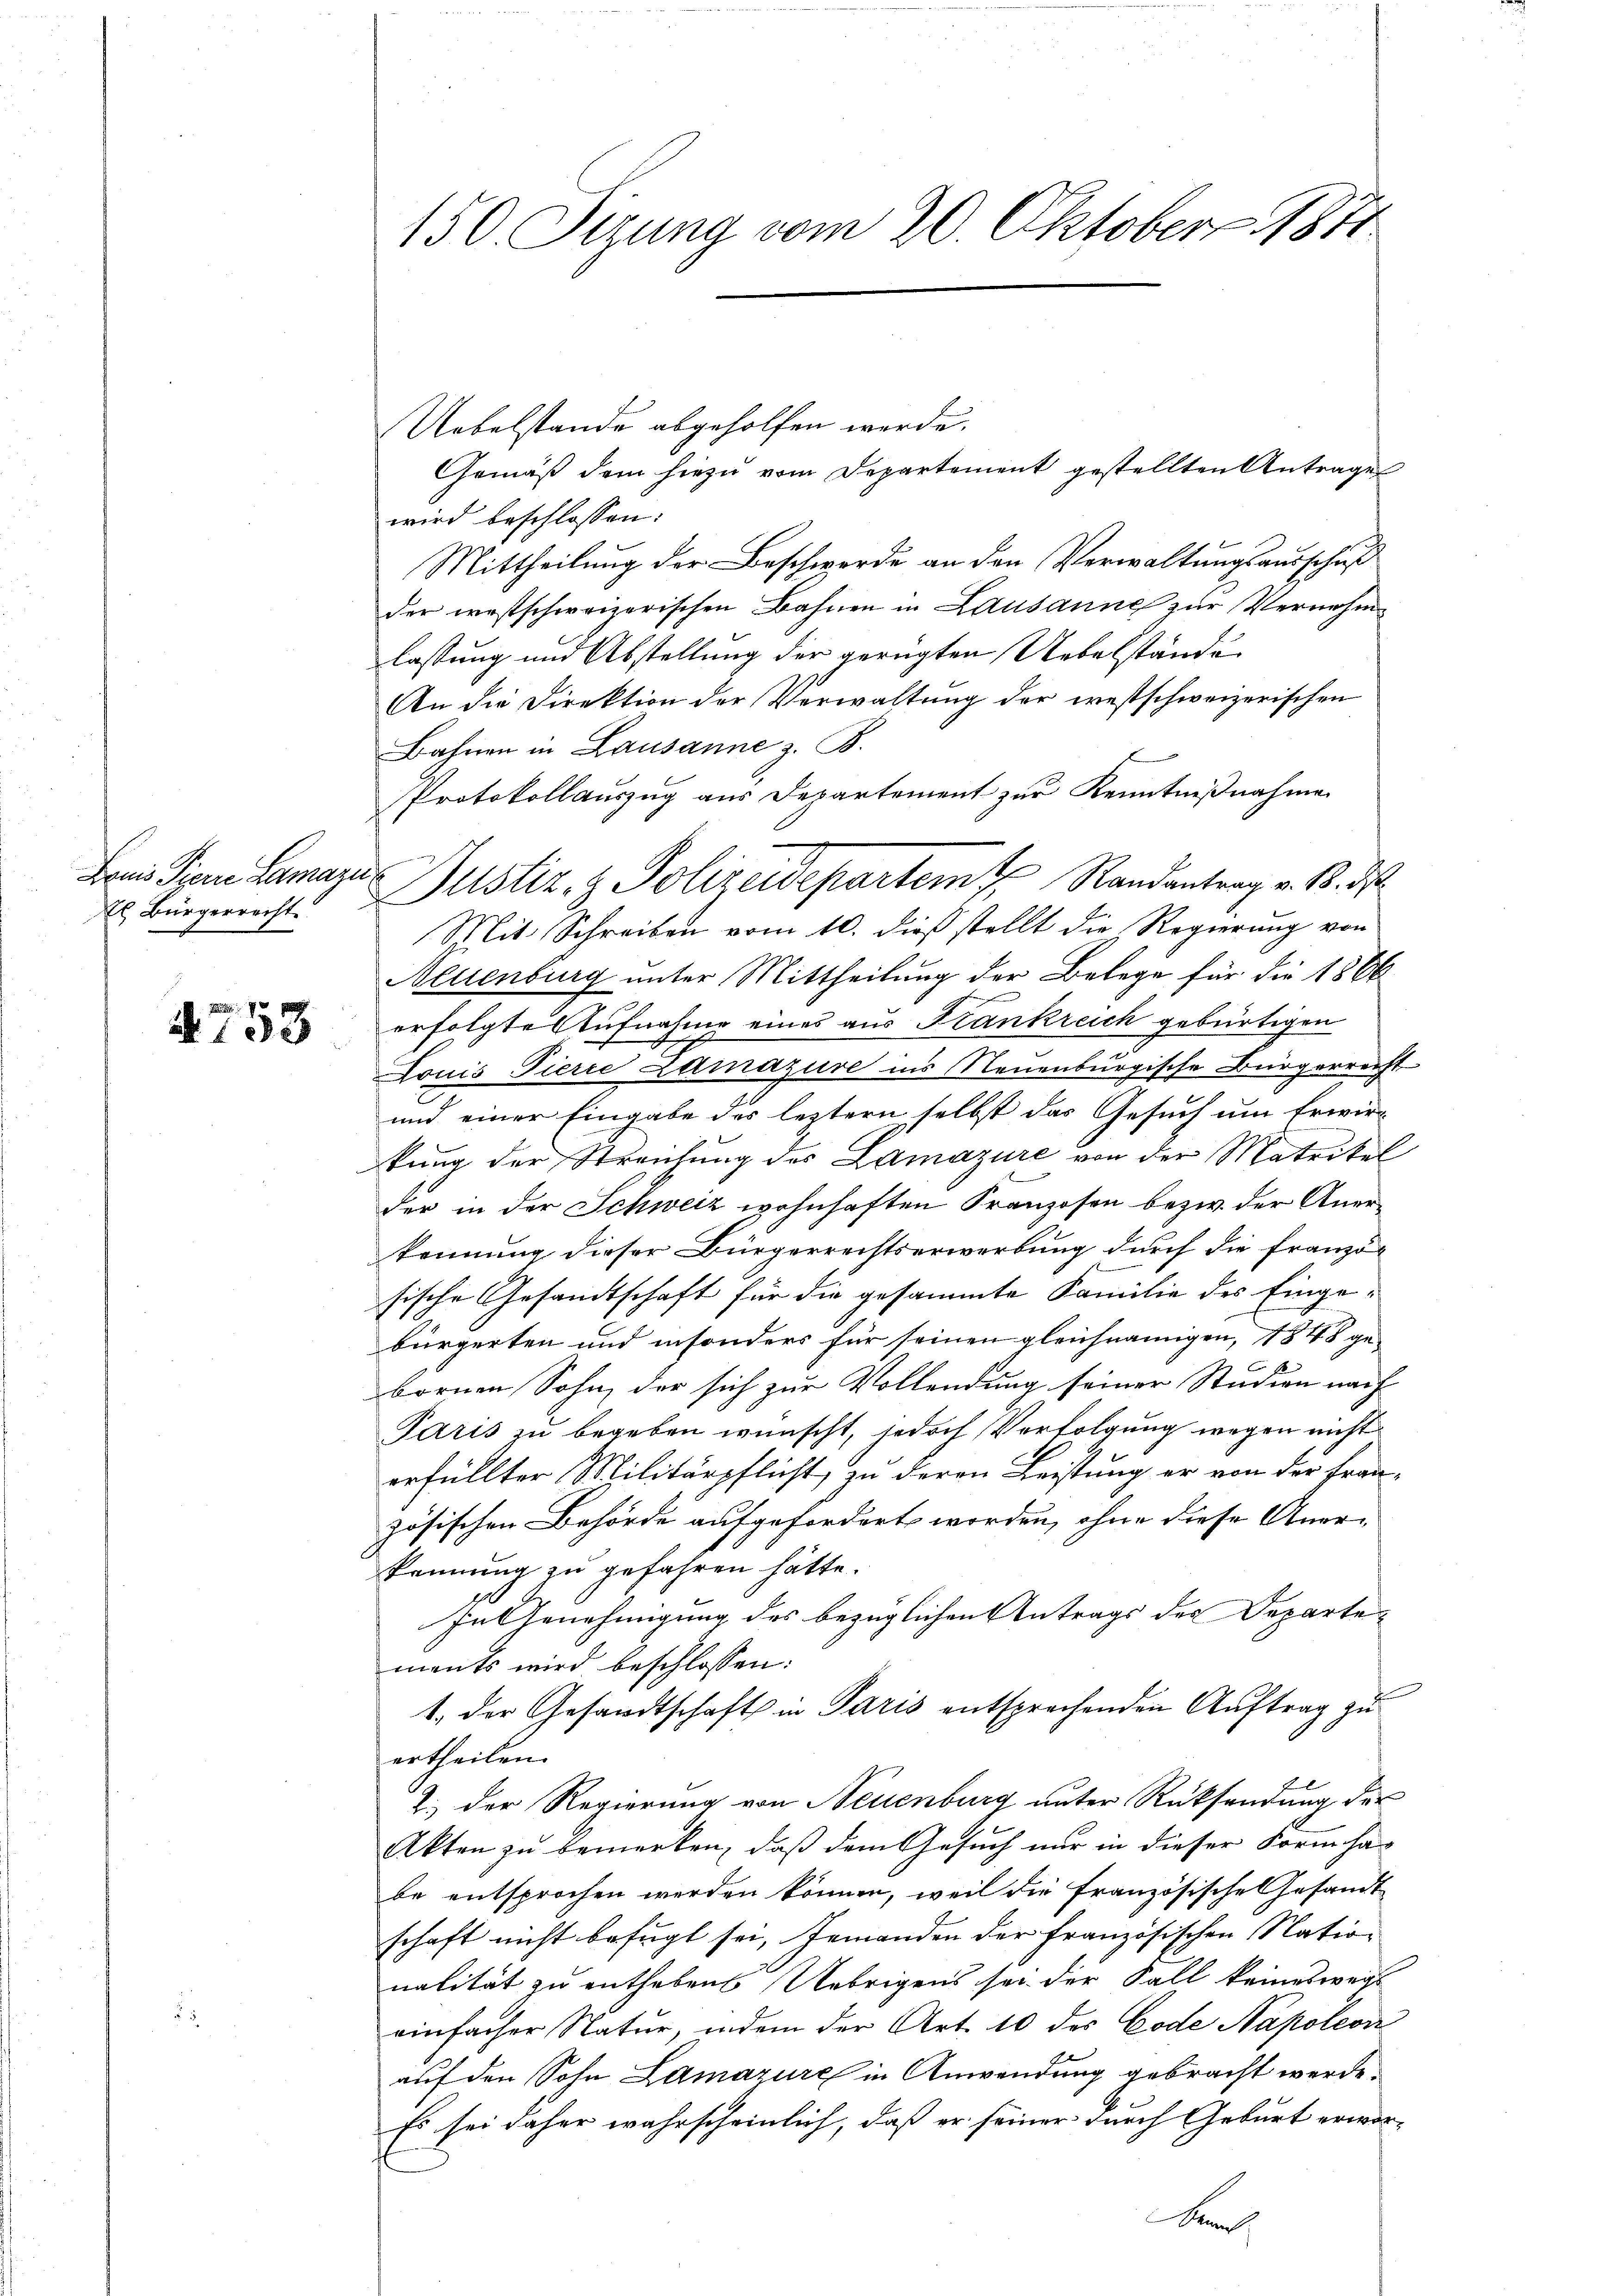
Bauis Piern Lamazu
l Bürgerrecht.

4753

150. Sizung vom 20. Oktober 1871

Uebelstande abgeholfen werde.
Gemäß dem hiezu vom Departement gestellten Antrage
wird beschlossen:
Mittheilung der Beschwerde an den Verwaltungsausschuß
der westschweizerischen Bahnen in Lausanne zur Vernehmlassung und Abstellung der gerügten Uebelstände
An die Direktion der Verwaltung der westschweizerischen
Bahnen in Lausanne z. B.
Protokollauszug aus Departement zur Kenntnißnahme
Mit Schreiben vom 10. dieß stellt die Regierung von
Neuenburg unter Mittheilung der Belege für die 1866
erfolgte Aufnahme eines aus Frankreich gebürtigen
Louis Pierre Zamazure ins Neuenburgische Bürgerrecht
und einer Eingabe des leztern selbst das Gesuch um Erwirkung der Streitung des Lamazure von der Matrikel
der in der Schweiz wohnhaften Franzosen bezw. der Anerkennung dieser Bürgerrechtserwerbung durch die Franzö-
sische Gesandtschaft für die gesammte Familie des Eingebürgerten und insonders für seinen gleichnamigen, 1848 ge¬
C
bornen Sohn der sich zur Vollendung seiner Studien nach
Paris zu begeben wünscht, jedoch Verfolgung wegen nicht
erfüllter Militärpflicht, zu deren Leistung er von der Frau-
zösischen Behörde aufgefordert worden, ohne diese Anerkennung zu gefahren hätte.
In Genehmigung des bezüglichen Antrags des Departements wird beschlossen:
1., der Gesandtschaft in Paris entsprechenden Auftrag zu
ertheilen.
2.) Der Regierung von Neuenburg unter Rücksendung des
Akten zu bemerken, daß dem Gesuch nur in dieser Form ha-
be entsprochen werden können, weil die Französische Gesamt
schaft nicht befugt sei, Jemanden der französischen Nationalität zu entheben Uebrigens sei der Fall keineswegs
einfacher Natur, indem der Art. 10 des Code Napoleon
auf den Sohn Lamazure in Anwendung gebracht werde.
Es sei daher wahrscheinlich, daß er seiner durch Geburt erwor¬
A

Justiz- & Polizeidepartem Randantrag v. 18. d